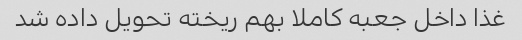
غذا داخل جعبه کاملا بهم ریخته تحویل داده شد